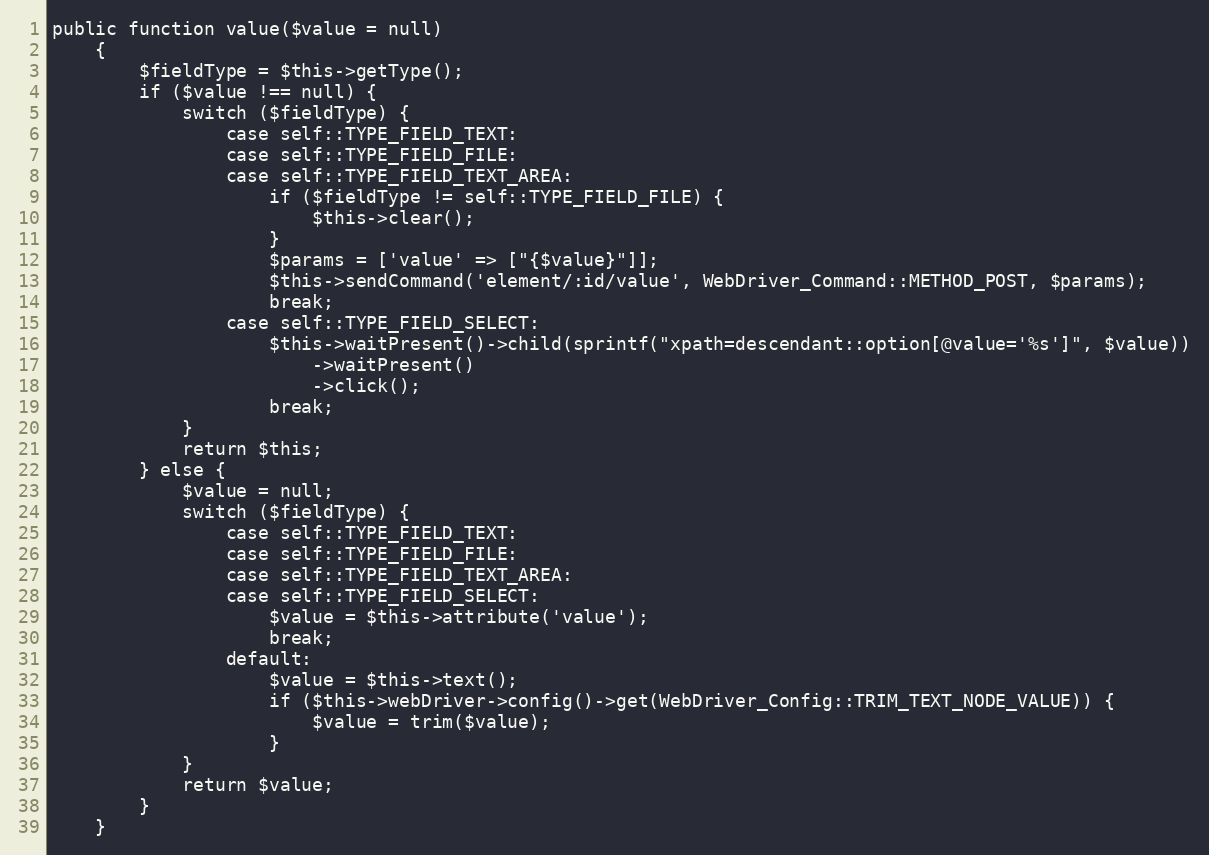
Language: PHP
public function value($value = null)
    {
        $fieldType = $this->getType();
        if ($value !== null) {
            switch ($fieldType) {
                case self::TYPE_FIELD_TEXT:
                case self::TYPE_FIELD_FILE:
                case self::TYPE_FIELD_TEXT_AREA:
                    if ($fieldType != self::TYPE_FIELD_FILE) {
                        $this->clear();
                    }
                    $params = ['value' => ["{$value}"]];
                    $this->sendCommand('element/:id/value', WebDriver_Command::METHOD_POST, $params);
                    break;
                case self::TYPE_FIELD_SELECT:
                    $this->waitPresent()->child(sprintf("xpath=descendant::option[@value='%s']", $value))
                        ->waitPresent()
                        ->click();
                    break;
            }
            return $this;
        } else {
            $value = null;
            switch ($fieldType) {
                case self::TYPE_FIELD_TEXT:
                case self::TYPE_FIELD_FILE:
                case self::TYPE_FIELD_TEXT_AREA:
                case self::TYPE_FIELD_SELECT:
                    $value = $this->attribute('value');
                    break;
                default:
                    $value = $this->text();
                    if ($this->webDriver->config()->get(WebDriver_Config::TRIM_TEXT_NODE_VALUE)) {
                        $value = trim($value);
                    }
            }
            return $value;
        }
    }